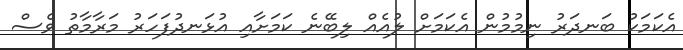
އެކަމަކު ބަނދަރު ނިމުމުން އެކަމަށް ލުއެއް ލިބޭނެ ކަމަށާއި އުޅަނދުފަހަރު މަރާމާތު ވެސް